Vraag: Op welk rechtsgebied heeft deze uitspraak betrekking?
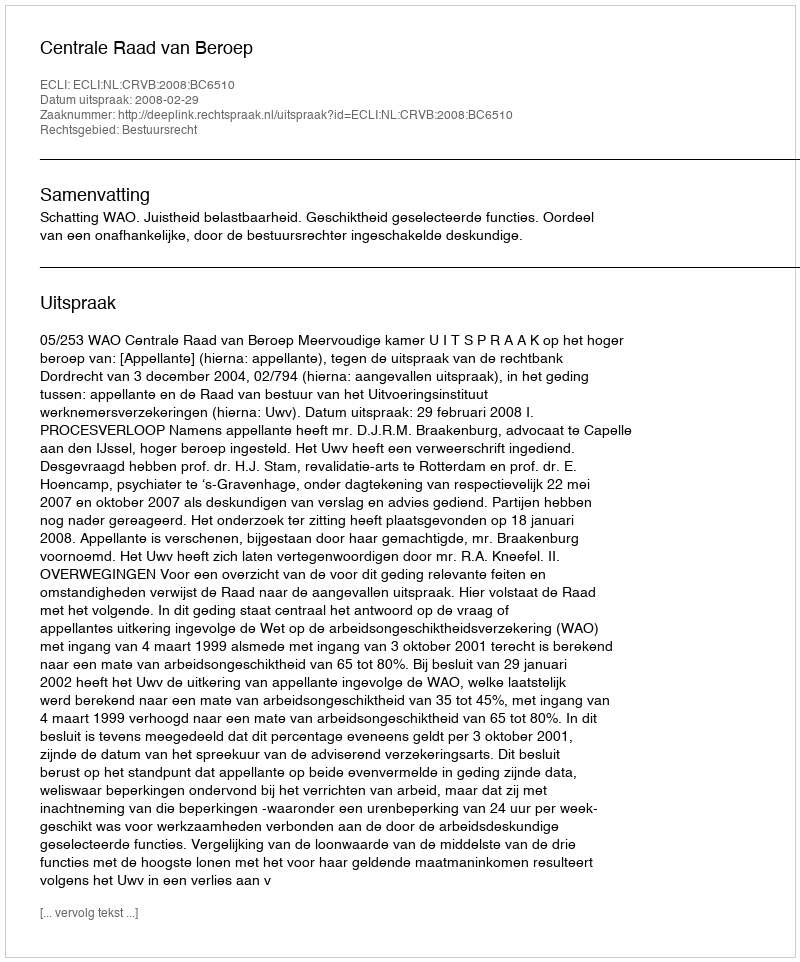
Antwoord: Bestuursrecht